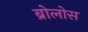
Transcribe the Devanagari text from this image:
ब्रोलोस